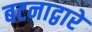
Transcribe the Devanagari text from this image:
बटनाद्वारे